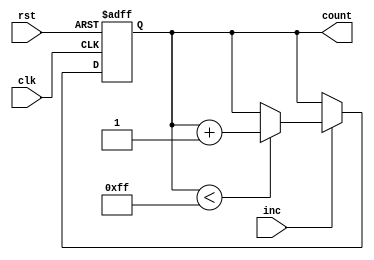
module IncrementalCounter #(
    parameter WIDTH = 8,            // Bit-width of the counter
    parameter INITIAL_VALUE = 0,    // Initial value for the counter
    parameter MAX_VALUE = (1 << WIDTH) - 1 // Maximum value based on bit-width
)(
    input wire clk,                 // Clock signal
    input wire rst,                 // Reset signal
    input wire inc,                 // Increment trigger
    output reg [WIDTH-1:0] count    // Current count value
);

// Always block triggered on the rising edge of the clock
always @(posedge clk or posedge rst) begin
    if (rst) begin
        // If reset is asserted, load the initial value
        count <= INITIAL_VALUE;
    end else if (inc) begin
        // Increment the count if the increment trigger is asserted
        if (count < MAX_VALUE) begin
            count <= count + 1;
        end
        // optional: uncomment the next line for wrap-around behavior
        // else begin count <= INITIAL_VALUE; end
    end
end

endmodule